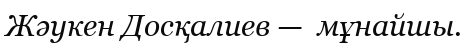
Жәукен Досқалиев —  мұнайшы.